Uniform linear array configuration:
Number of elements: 4
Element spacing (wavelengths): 0.25
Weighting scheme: hann
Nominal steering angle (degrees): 15
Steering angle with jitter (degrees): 16.883
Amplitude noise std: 0.05
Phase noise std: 0.05

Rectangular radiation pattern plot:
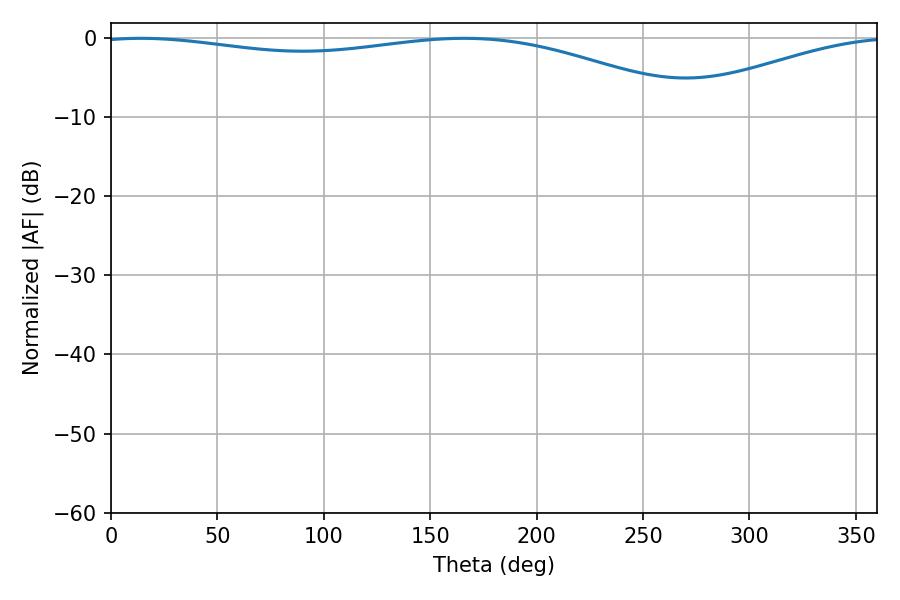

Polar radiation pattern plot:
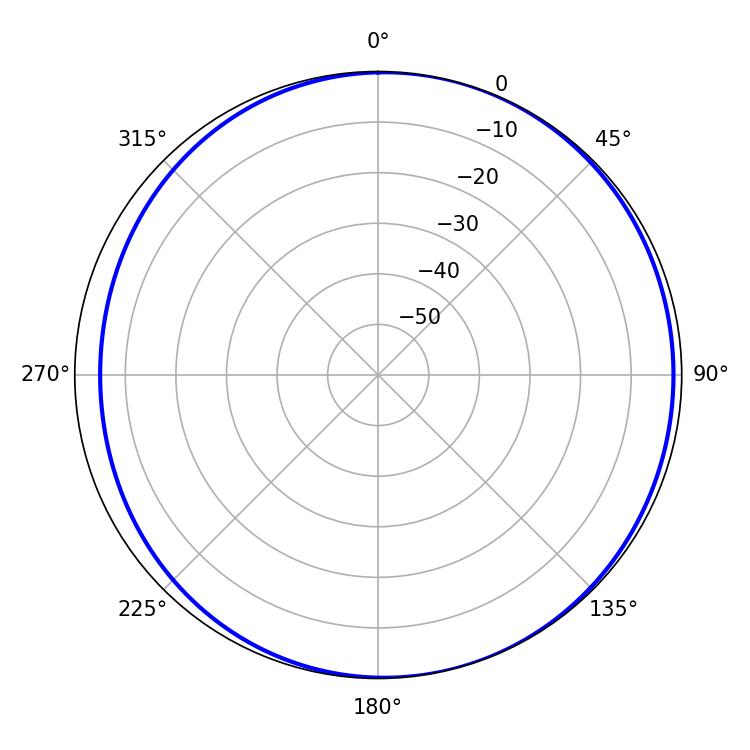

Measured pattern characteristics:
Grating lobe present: FALSE
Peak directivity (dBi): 4.796
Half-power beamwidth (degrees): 229.14
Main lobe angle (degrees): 14.04